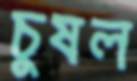
চুষল